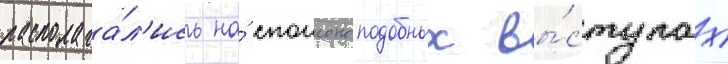
располага́л'ись на́ спонсоноподобных вы́ступах